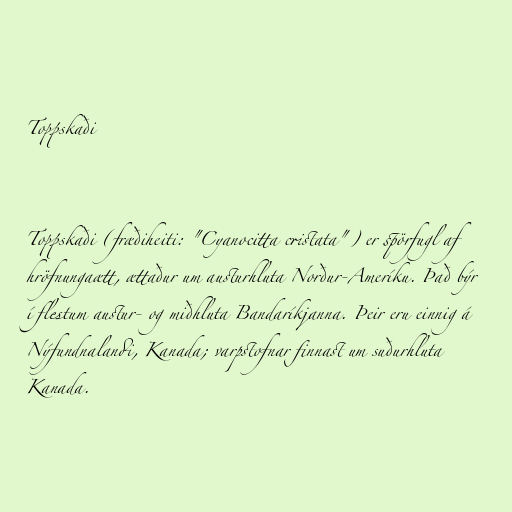
Toppskaði

Toppskaði (fræðiheiti: "Cyanocitta cristata") er spörfugl af
hröfnungaætt, ættaður um austurhluta Norður-Ameríku. Það býr
í flestum austur- og miðhluta Bandaríkjanna. Þeir eru einnig á
Nýfundnalandi, Kanada; varpstofnar finnast um suðurhluta
Kanada.